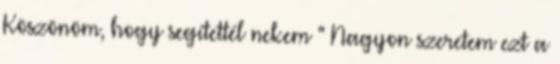
Köszönöm, hogy segítettél nekem " Nagyon szeretem ezt a